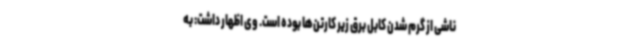
ناشی از گرم شدن کابل برق زیر کارتن‌ها بوده است. وی اظهار داشت: به